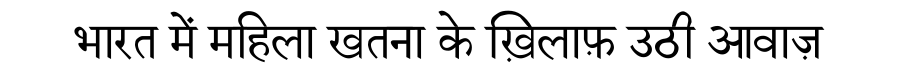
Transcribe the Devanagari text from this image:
भारत में महिला खतना के ख़िलाफ़ उठी आवाज़